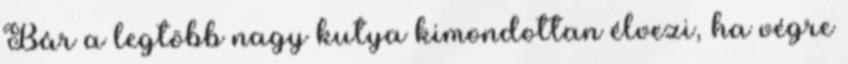
Bár a legtöbb nagy kutya kimondottan élvezi, ha végre